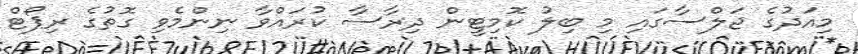
މިއަދުގެ ޖަލްސާގައި މި ބިލު ކޮމިޓީން ދިރާސާ ކުރައްވާ ނިންމެވި ގޮތުގެ ރިޕޯޓް